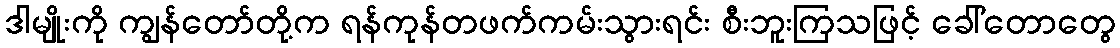
ဒါမျိုးကို ကျွန်တော်တို့က ရန်ကုန်တဖက်ကမ်းသွားရင်း စီးဘူးကြသဖြင့် ခေါ်တောတွေ